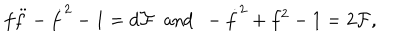
LaTeX: f \ddot { f } - \dot { f } ^ { 2 } - 1 = d { \cal F } ~ ~ \mathrm { a n d } ~ ~ - \dot { f } ^ { 2 } + f ^ { 2 } - 1 = 2 { \cal F } ,